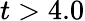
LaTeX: t>4.0